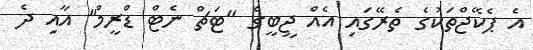
އެ ޕެކޭޖްތަކުގެ ތެރޭގައި އެއް ޖީބީގެ "ޓަޗް ނެޓް ޑްރީމް" އާއި ދެ